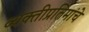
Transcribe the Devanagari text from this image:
व्यक्तीप्रतिमांचे